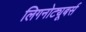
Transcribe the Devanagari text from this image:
लिगनोट्यूबर्स